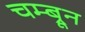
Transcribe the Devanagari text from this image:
चम्ब्रून